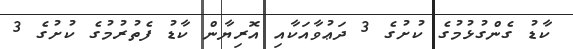
ކާޑު ގެންގުޅުމުގެ ކުށުގެ 3 ދަޢުވާއަކާއި އޮރިޔާން ކާޑު ފެތުރުމުގެ ކުށުގެ 3